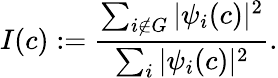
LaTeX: I(c):=\frac{\sum_{i\notin G}|\psi_{i}(c)|^{2}}{\sum_{i}|\psi_{i}(c)|^{2}}.